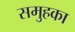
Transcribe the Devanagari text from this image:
समुहका